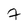
Character: 7